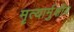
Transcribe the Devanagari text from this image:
मृत्यार्मुक्षीय